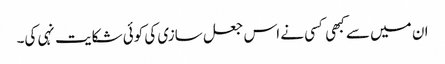
ان میں سے کبھی کسی نے اس جعل سازی کی کوئی شکایت نہی کی۔